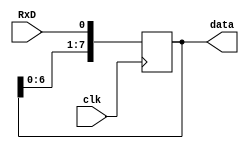
module receiver (
    input clk, RxD,
    output reg [7:0] data
);

always @(posedge clk) begin
		data <= {data[6:0],RxD};
end

endmodule